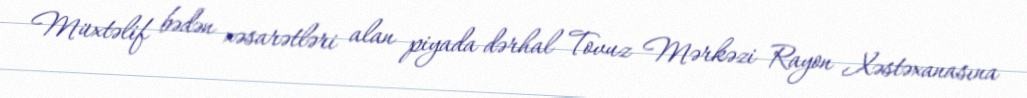
Müxtəlif bədən xəsarətləri alan piyada dərhal Tovuz Mərkəzi Rayon Xəstəxanasına